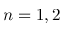
n = 1 , 2